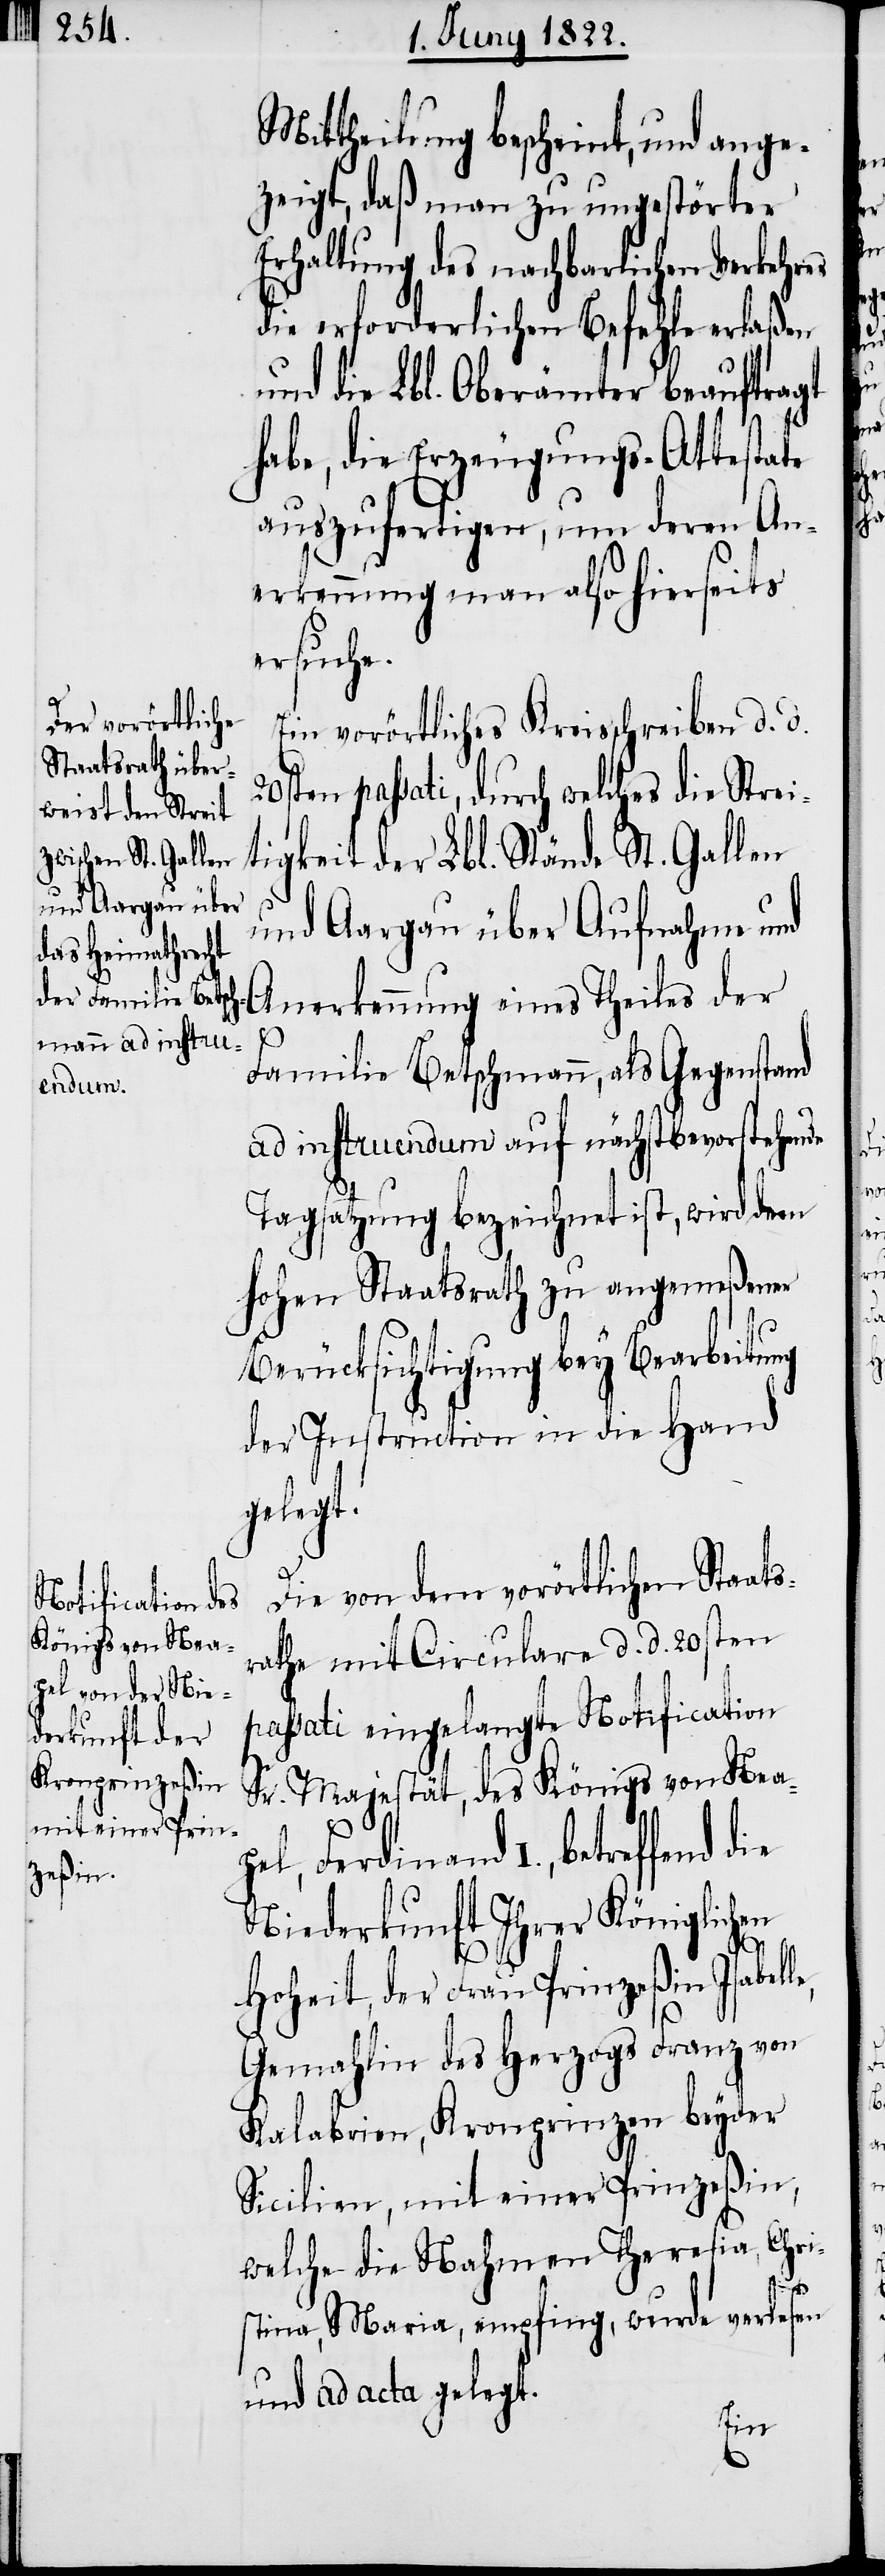
Mittheilung bescheint, und ange¬
zeigt, das man zu ungestörter
Erhaltung des nachbarlichen Verkehres
die erforderlichen Befehle erlaßen
und die Lbl. Oberämter beauftragt
habe, die Erzeugungs-Attestate
auszufertigen, um deren An¬
erkennung man also hierseits
ersuche.
Ein vorörtliches Kreisschreiben d. d.
20sten passati, durch welches die Strei¬
tigkeit der Lbl. Stände St. Gallen
und Aargau über Aufnahme und
Anerkennung eines Theiles der
Familie Betschmann, als Gegenstand
ad instruendum auf nächstbevorstehende
Tagsatzung bezeichnet ist, wird dem
hohen Staatsrath zu angemeßener
Berücksichtigung bey Bearbeitung
der Instruction in die Hand
gelegt.
Die von dem vorörtlichen Staats¬
rathe mit Circulare d. d. 20sten
passati eingelangte Notification
Sr. Majestät, des Königs von Nea¬
pel, Ferdinand I., betreffend
Niederkunft Ihrer Königlichen
le,
Hoheit, der Frau Prinzeßin Isabel¬
Gemahlin des Herzogs Franz von
Kalabrien, Kronprinzen beyder
Sicilien, mit einer Prinzeßin,
welche die Nahmen Theresia, Chri¬
stina, Maria, empfing, wurde verlesen
und ad acta gelegt.